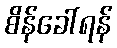
စိန်ခေါ်ရန်